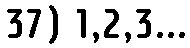
37) 1,2,3...